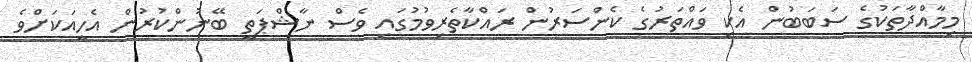
މިމާއްދާތަކުގެ ސަބަބުން އެކި ވައްތަރުގެ ކެންސަރުން ރައްކާތެރިވުމުގައި ވެސް ނާޝްޕަތީ ބޭނުންކުރުން އެހީއަކަށްވެ